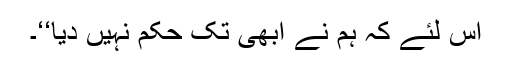
اس لئے کہ ہم نے ابھی تک حکم نہیں دیا‘‘۔